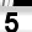
Digit: 5